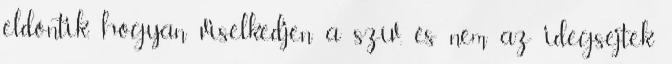
eldöntik, hogyan viselkedjen a szív, és nem az idegsejtek